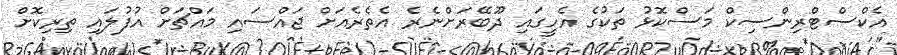
އެކްސްޓްރިންސިކް މަސްކޮޅު ތަކުގެ އެހީގައި ދޫބޭރަށްނެރެ އެތެރެއަށް ޖައްސައި މައްޗަށް އުފުލައި ތިރިކޮށް